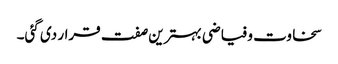
سخاوت و فیاضی بہترین صفت قرار دی گئی۔